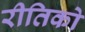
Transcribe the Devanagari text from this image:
रीतिको